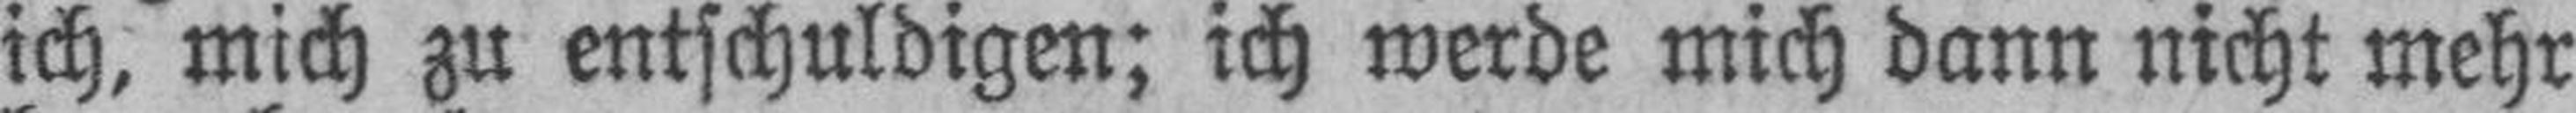
ich, mich zu entschuldigen; ich werde mich dann nicht mehr